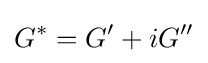
G^{*}=G'+iG''